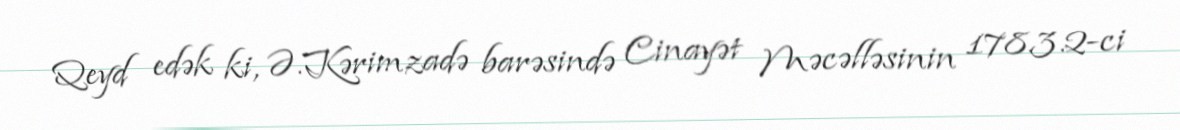
Qeyd edək ki, Ə.Kərimzadə barəsində Cinayət Məcəlləsinin 178.3.2-ci